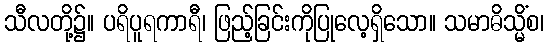
သီလတို့၌။ ပရိပူရကာရီ၊ ဖြည့်ခြင်းကိုပြုလေ့ရှိသော။ သမာဓိသ္မိံစ၊